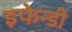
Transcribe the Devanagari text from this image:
इफेन्डी